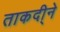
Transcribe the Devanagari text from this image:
ताकदी्ने